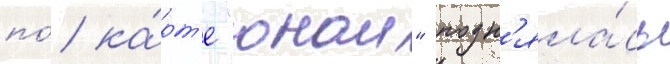
по́ ка́рт'е "онаи" подн'яла́сь